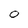
Character: O